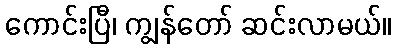
ကောင်းပြီ၊ ကျွန်တော် ဆင်းလာမယ်။